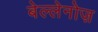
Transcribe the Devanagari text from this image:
बेल्लेनोज़